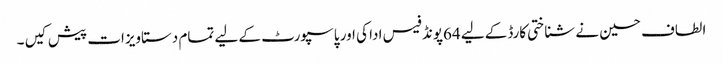
الطاف حسین نے شناختی کارڈکے لیے 64پونڈ فیس ادا کی اور پاسپورٹ کے لیے تمام دستاویزات پیش کیں ۔